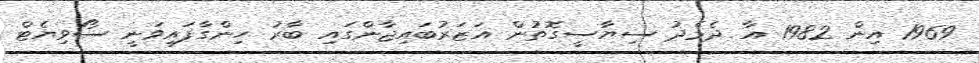
1969 އިން 1982 އާ ދެމެދު ސިޔާސީގޮތުން އަޒަރުބައިޖާންގައި ބާރު ހިންގާފައިވަނީ ސޯވިޔެޓް